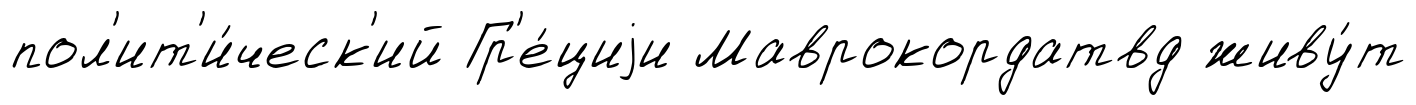
пол'ит'и́ческ'ий Гр'е́циjи Маврокордатвд живу́т